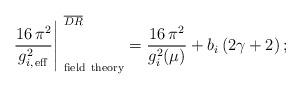
LaTeX: \begin{align*}\left.{16\, \pi^2\over g_{i,\,{\rm eff} }^2}\right\vert_{\rm \ field \ theory}^{\ \overline{DR}}=\frac{16\, \pi^2}{g_{i}^2(\mu)} + b_i\, (2\gamma+2)\, ; \end{align*}